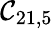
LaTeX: \mathcal{C}_{21,5}